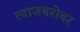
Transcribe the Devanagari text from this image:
त्याजबरोबर